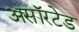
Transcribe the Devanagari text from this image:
असॉरटेड